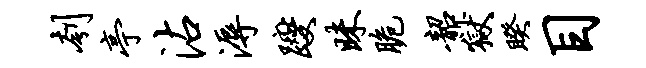
刳亭沾溽躞昧脆韶狱睽目